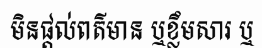
មិនផ្តល់ពត៌មាន ឬខ្លឹមសារ ឬ